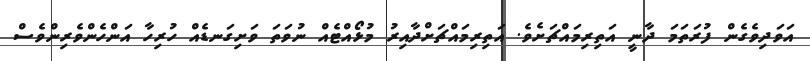
އަވަދިވެގެން ފުރަތަމަ ދާނީ އަތިރިމައްޗަށެވެ. އަތިރިމައްޗަށްދާއިރު މުޅޯއްޓެއް ނުވަތަ ވަށިގަނޑެއް ހުރިހާ އަންހެންވެރިންވެސް